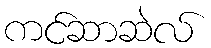
ကင်ဆာဆဲလ်